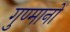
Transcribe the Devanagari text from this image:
गुण्मानों